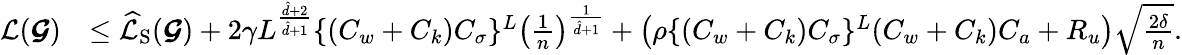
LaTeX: \begin{array}{rl}{\mathcal{L}(\boldsymbol{\mathcal{G}})}&{\leq\widehat{\mathcal{L}}_{\mathrm{S}}(\boldsymbol{\mathcal{G}})+2\gamma L^{\frac{\hat{d}+2}{\hat{d}+1}}\{ (C_{w}+C_{k})C_{\sigma}\} ^{L}\left(\frac{1}{n}\right)^{\frac{1}{\hat{d}+1}}+\left(\rho\{ (C_{w}+C_{k})C_{\sigma}\} ^{L}(C_{w}+C_{k})C_{a}+R_{u}\right)\sqrt{\frac{2\delta}{n}}.}\end{array}